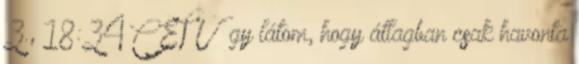
3., 18:34 CET Úgy látom, hogy átlagban csak havonta